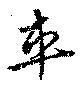
車